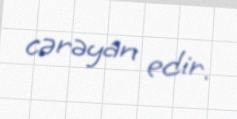
cərəyan edir.